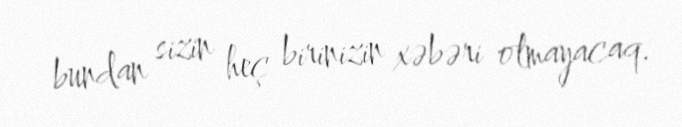
bundan sizin heç birinizin xəbəri olmayacaq.